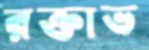
রক্তাভ